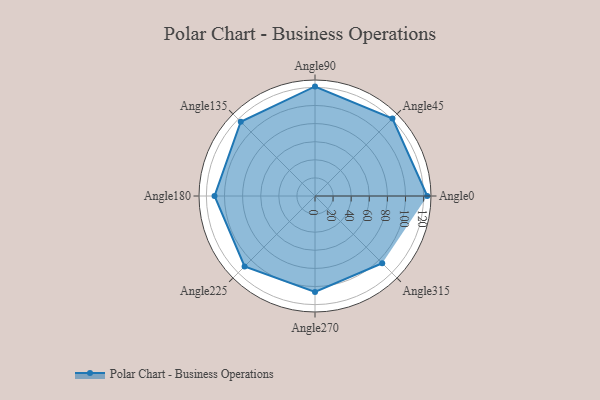
{"axis": {"x": "Angle", "y": "Radius"}, "legend": [""], "data": [{"x": "Angle0", "y": 124.0, "type": ""}, {"x": "Angle45", "y": 121.0, "type": ""}, {"x": "Angle90", "y": 121.0, "type": ""}, {"x": "Angle135", "y": 116.0, "type": ""}, {"x": "Angle180", "y": 111.0, "type": ""}, {"x": "Angle225", "y": 110.0, "type": ""}, {"x": "Angle270", "y": 106.0, "type": ""}, {"x": "Angle315", "y": 105.0, "type": ""}]}